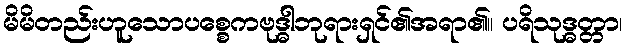
မိမိတည်းဟူသောပစ္စေကဗုဒ္ဓါဘုရားရှင်၏အရာ၏။ ပရိသုဒ္ဓတ္တာ၊